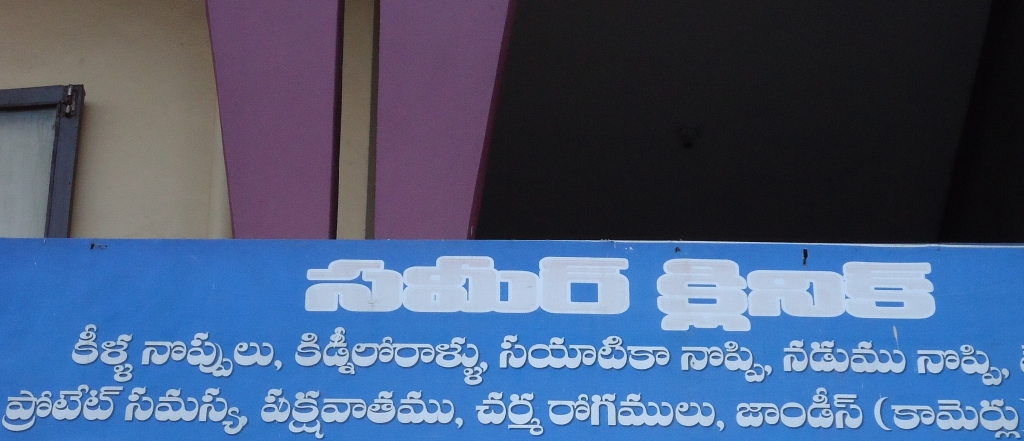
Language: telugu
Transcription: సమీర్ క్లినిక్ కీళ్ల నొప్పులు నొప్పి, నడుము నొప్పి, ప్రోటేట్ సమస్య పక్షవాతము, రోగములు, జాండీస్ (కామెర్లు సయాటికా చర్మ కిడ్నీలోరాళ్ళు,